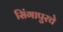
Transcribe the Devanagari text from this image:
सिंगापुरचे